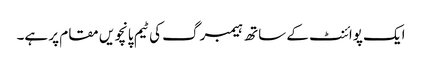
ایک پوائنٹ کے ساتھ ہیمبرگ کی ٹیم پانچویں مقام پر ہے۔